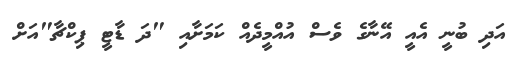
އަދި ބުނީ އެއީ އޭނާގެ ވެސް އުއްމީދެއް ކަމަށާއި "ދަ ޑާޓީ ޕިކްޗާ"އަށް